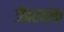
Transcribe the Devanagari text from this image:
जैबरवोक